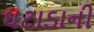
ઘટાડાની